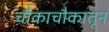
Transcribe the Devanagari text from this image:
चौकाचौकातून